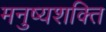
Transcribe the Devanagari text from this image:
मनुष्यशक्ति